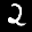
Label: 2